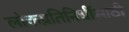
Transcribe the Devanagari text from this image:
लोकप्रतिनिधींसाठी